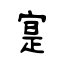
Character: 寔